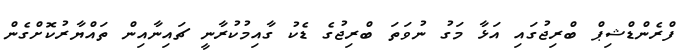
ފްރެންޑްޝިޕް ބްރިޖުގައި އަޅާ މަގު ނުވަތަ ބްރިޖުގެ ޑެކު ގާއިމުކުރާނީ ޗައިނާއިން ތައްޔާރުކޮށްގެން